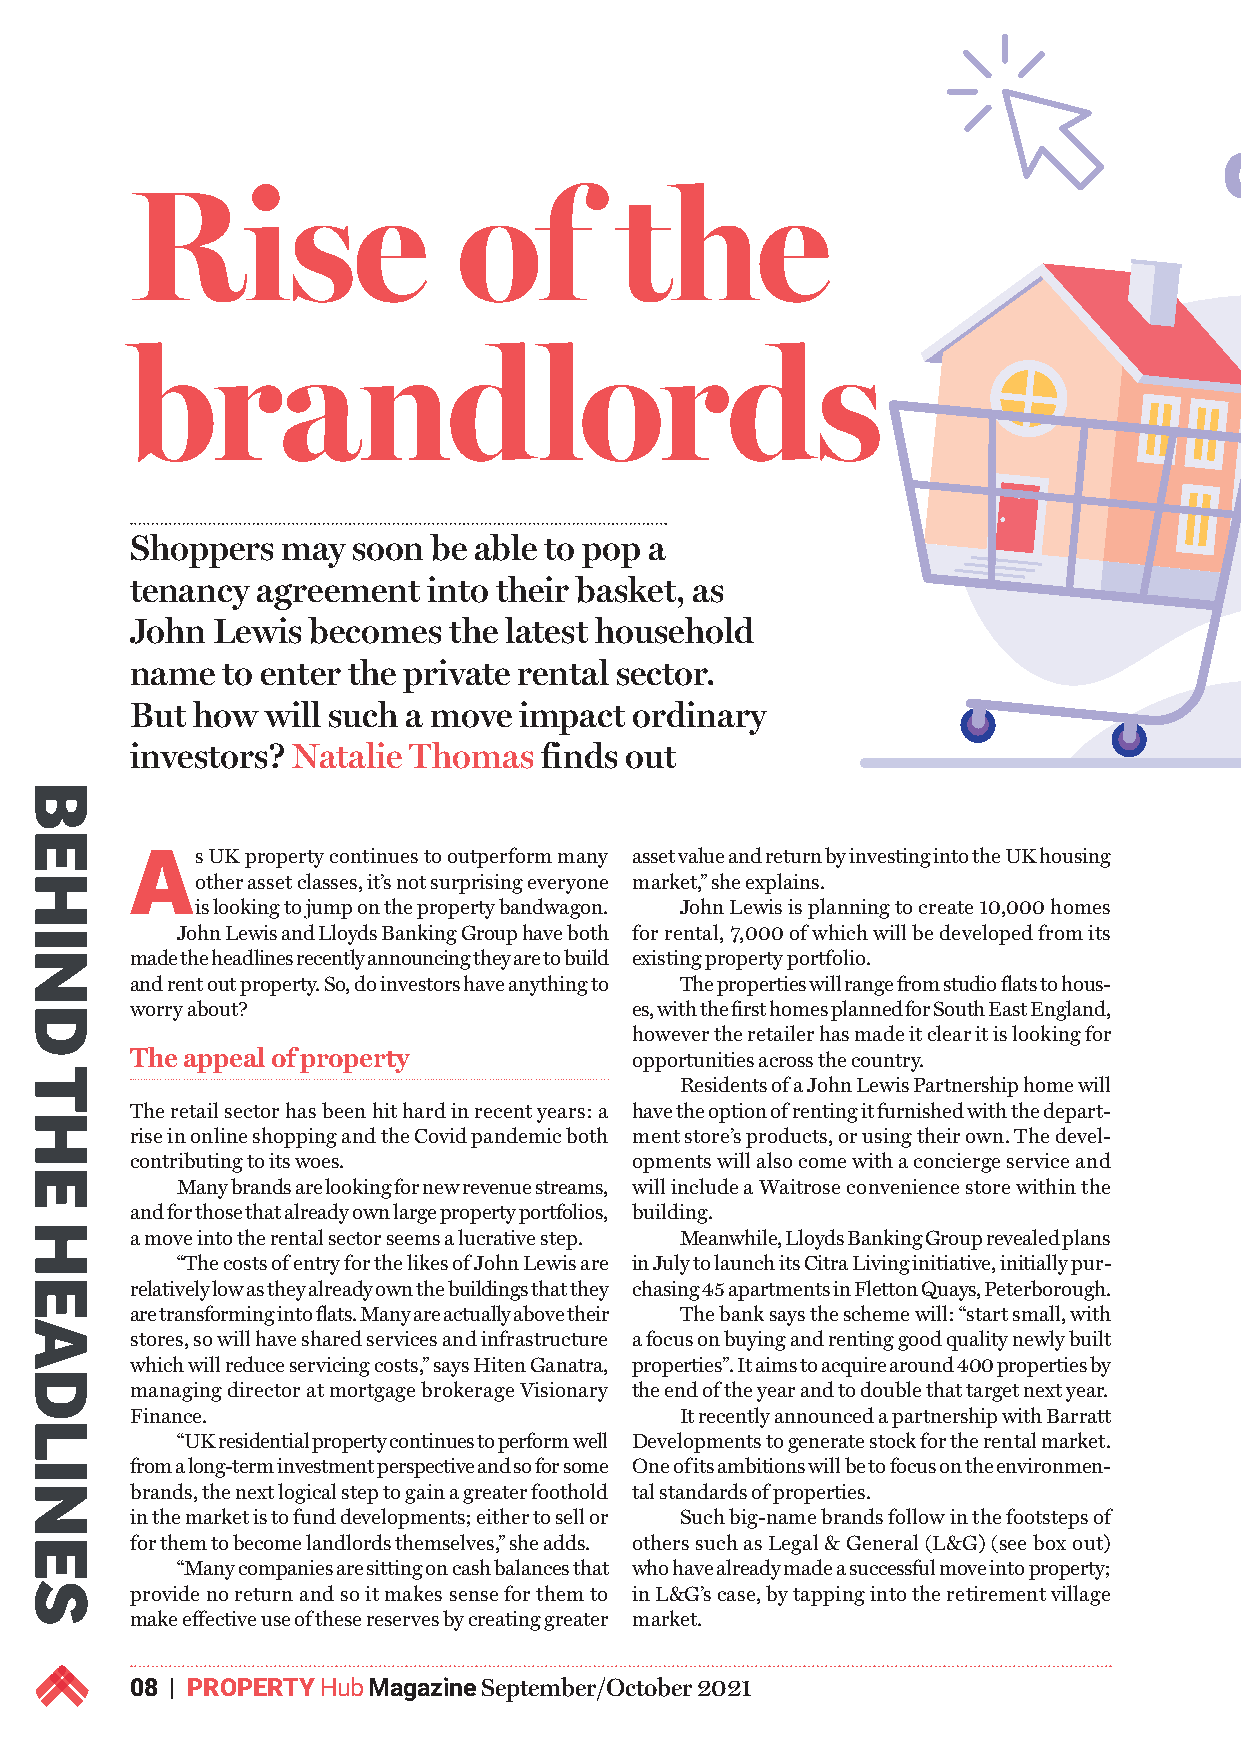
Rise                 of         the
 brandlords
 Shoppers  may soon  be able to pop a
 tenancy agreement  into their basket, as
 John Lewis  becomes  the latest household
 name  to enter the private rental sector.
 But how  will such a move impact ordinary
 investors? Natalie Thomas  finds out
 As   UK property continues to outperform many asset value and return by investing into the UK housing
 other asset classes, it’s not surprising everyone market,” she explains.
 is looking to jump on the property bandwagon. John Lewis is planning to create 10,000 homes
 John Lewis and Lloyds Banking Group have both for rental, 7,000 of which will be developed from its
 made the headlines recently announcing they are to build existing property portfolio.
 and rent out property. So, do investors have anything to The properties will range from studio flats to hous-
 worry about?                     es, with the first homes planned for South East England,
 however the retailer has made it clear it is looking for
 The appeal of property           opportunities across the country.
 Residents of a John Lewis Partnership home will
 The retail sector has been hit hard in recent years: a have the option of renting it furnished with the depart-
 rise in online shopping and the Covid pandemic both ment store’s products, or using their own. The devel-
 contributing to its woes.        opments will also come with a concierge service and
 Many brands are looking for new revenue streams, will include a Waitrose convenience store within the
 and for those that already own large property portfolios, building.
 a move into the rental sector seems a lucrative step. Meanwhile, Lloyds Banking Group revealed plans
 “The costs of entry for the likes of John Lewis are in July to launch its Citra Living initiative, initially pur-
 relatively low as they already own the buildings that they chasing 45 apartments in Fletton Quays, Peterborough.
 are transforming into flats. Many are actually above their The bank says the scheme will: “start small, with
 stores, so will have shared services and infrastructure a focus on buying and renting good quality newly built
 which will reduce servicing costs,” says Hiten Ganatra, properties”. It aims to acquire around 400 properties by
 managing director at mortgage brokerage Visionary the end of the year and to double that target next year.
 Finance.                            It recently announced a partnership with Barratt
 “UK residential property continues to perform well Developments to generate stock for the rental market.
 from a long-term investment perspective and so for some One of its ambitions will be to focus on the environmen-
 brands, the next logical step to gain a greater foothold tal standards of properties.
 in the market is to fund developments; either to sell or Such big-name brands follow in the footsteps of
 for them to become landlords themselves,” she adds. others such as Legal & General (L&G) (see box out)
 “Many companies are sitting on cash balances that who have already made a successful move into property;
 provide no return and so it makes sense for them to in L&G’s case, by tapping into the retirement village
 make effective use of these reserves by creating greater market.
 08 | PROPERTY Hub Magazine September/October 2021
 BEHIND
 THE
 HEADLINES